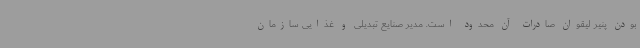
بودن پنیر لیقوان صادرات آن محدود است. مدیر صنایع تبدیلی و غذایی سازمان